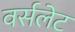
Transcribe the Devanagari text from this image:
वर्सलेट